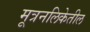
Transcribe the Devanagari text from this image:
मूत्रनलिकेतील